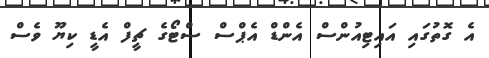
އެ ގޮތުގައި އައިޓިއުންސް އެންޑް އެޕްސް ސްޓޯގެ ޗީފް އެޑީ ކިޔޫ ވެސް